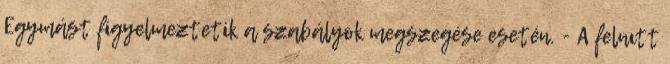
Egymást figyelmeztetik a szabályok megszegése esetén. - A felnıtt